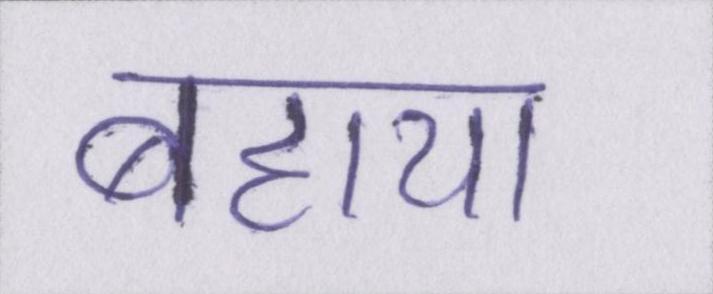
बहाया